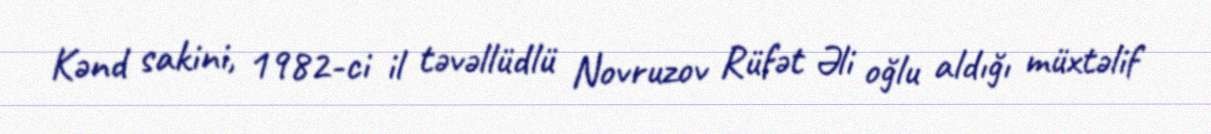
Kənd sakini, 1982-ci il təvəllüdlü Novruzov Rüfət Əli oğlu aldığı müxtəlif